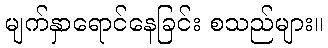
မျက်နှာရောင်နေခြင်း စသည်များ။